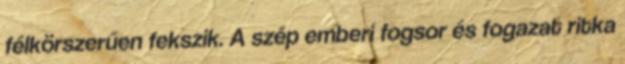
félkörszerűen fekszik. A szép emberi fogsor és fogazat ritka